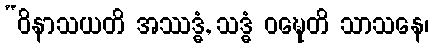
“ဝိနာသယတိ အဿဒ္ဓံ, သဒ္ဓံ ဝဍ္ဎေတိ သာသနေ၊